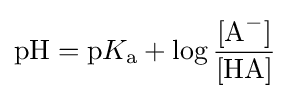
\mathrm {pH} =\mathrm {p} K_{\mathrm {a} }+\log {\frac {[{\ce {A-}}]}{[{\ce {HA}}]}}